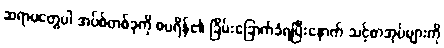
ဆရာမတွေပါ အပ်စ်တစ်ခုကို စပရိန်၏ ခြိမ်းခြောက်ခံရပြီးနောက် သင့်စာအုပ်များကို